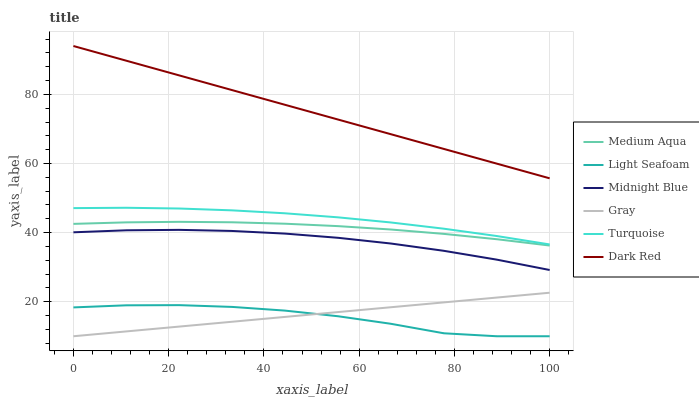
| xaxis_label | Medium Aqua | Light Seafoam | Midnight Blue | Gray | Turquoise | Dark Red |
 | --- | --- | --- | --- | --- | --- | --- |
 | 0 | 42.5 | 18.3 | 40.1 | 10 | 47.1 | 94 |
 | 11.1 | 43 | 19 | 40.7 | 11.4 | 47.2 | 89.7 |
 | 22.2 | 43.1 | 19 | 40.8 | 12.8 | 47 | 85.5 |
 | 33.3 | 43 | 18.5 | 40.5 | 14.2 | 46.4 | 81.2 |
 | 44.4 | 42.6 | 17.4 | 39.7 | 15.6 | 45.6 | 77 |
 | 55.6 | 41.9 | 15.8 | 38.5 | 17 | 44.4 | 72.7 |
 | 66.7 | 40.9 | 13.6 | 36.8 | 18.4 | 42.9 | 68.5 |
 | 77.8 | 39.6 | 10.9 | 34.7 | 19.8 | 41.1 | 64.2 |
 | 88.9 | 38.1 | 10 | 32.2 | 21.2 | 39 | 60 |
 | 100 | 36.3 | 10 | 29.2 | 22.6 | 36.6 | 55.7 |